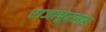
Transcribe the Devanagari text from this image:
राजापूरसह